Lunatic asylums Bombay report 1878-1890 - 1878-1890
Year: 1878
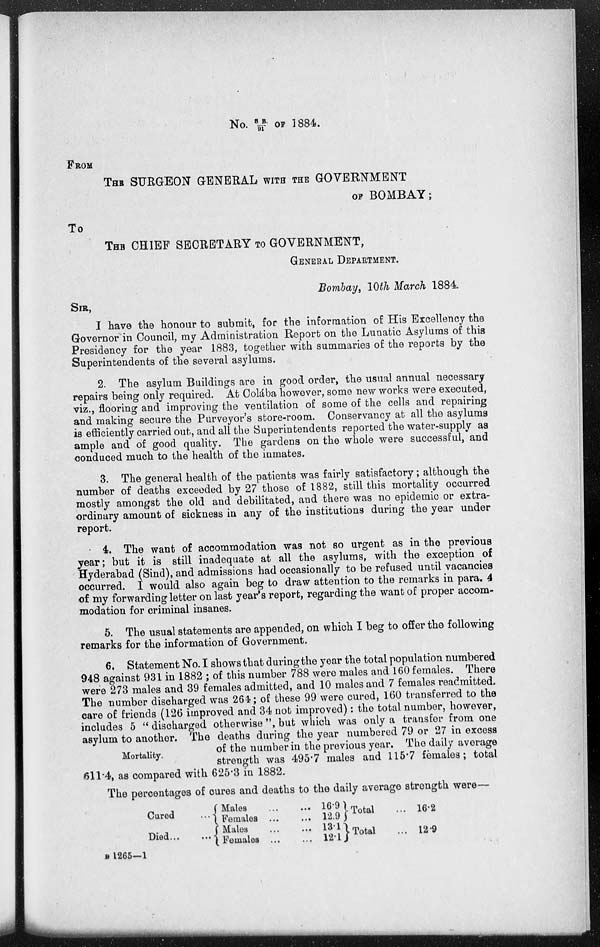
No. S.B./91 OF 1884.
FROM
THE SURGEON GENERAL WITH THE GOVERNMENT
OF BOMBAY;
To
THE CHIEF SECRETARY TO GOVERNMENT,
GENERAL DEPARTMENT.
Bombay, 10th March 1884.
SIR,
I have the honour to submit, for the information of His Excellency the
Governor in Council, my Administration Report on the Lunatic Asylums of this
Presidency for the year 1883, together with summaries of the reports by the
Superintendents of the several asylums.
2. The asylum Buildings are in good order, the usual annual necessary
repairs being only required. At Colába however, some new works were executed,
viz., flooring and improving the ventilation of some of the cells and repairing
and making secure the Purveyor's store-room. Conservancy at all the asylums
is efficiently carried out, and all the Superintendents reported the water-supply as
ample and of good quality. The gardens on the whole were successful, and
conduced much to the health of the inmates.
3. The general health of the patients was fairly satisfactory; although the
number of deaths exceeded by 27 those of 1882, still this mortality occurred
mostly amongst the old and debilitated, and there was no epidemic or extra-
ordinary amount of sickness in any of the institutions during the year under
report.
4. The want of accommodation was not so urgent as in the previous
year; but it is still inadequate at all the asylums, with the exception of
Hyderabad (Sind), and admissions had occasionally to be refused until vacancies
occurred. I would also again beg to draw attention to the remarks in para. 4
of my forwarding letter on last year's report, regarding the want of proper accom-
modation for criminal insanes.
5. The usual statements are appended, on which I beg to offer the following
remarks for the information of Government.
Mortality.
6. Statement No. I shows that during the year the total population numbered
948 against 931 in 1882 ; of this number 788 were males and 160 females. There
were 273 males and 39 females admitted, and 10 males and 7 females readmitted.
The number discharged was 264;; of these 99 were cured, 160 transferred to the
care of friends (126 improved and 34 not improved): the total number, however,
includes 5 " discharged otherwise ", but which was only a transfer from one
asylum to another. The deaths during the year numbered 79 or 27 in excess
of the number in the previous year. The daily average
strength was 495.7 males and 115.7 females; total
611.4, as compared with 625.3 in 1882.
The percentages of cures and deaths to the daily average strength were—
Cured ...
Died
Males ... ...
Females ...
...
Males
...
...
Females ... ...
16.9
12.9
13.1
12.1
Total ...
Total ...
16.2
12.9
B 1265—1